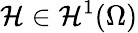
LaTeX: \mathcal{H}\in\mathcal{H}^{1}(\Omega)